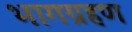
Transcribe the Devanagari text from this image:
भागग्रहण